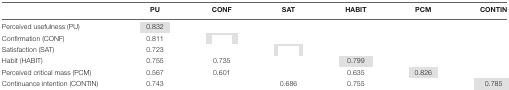
<table><thead><tr><td>[EMPTY_CELL]</td><td><b>PU</b></td><td><b>CONF</b></td><td><b>SAT</b></td><td><b>HABIT</b></td><td><b>PCM</b></td><td><b>CONTIN</b></td></tr></thead><tbody><tr><td>Perceived usefulness (PU)</td><td>0.832</td><td>[EMPTY_CELL]</td><td>[EMPTY_CELL]</td><td>[EMPTY_CELL]</td><td>[EMPTY_CELL]</td><td>[EMPTY_CELL]</td></tr><tr><td>Confirmation (CONF)</td><td>0.811</td><td>[EMPTY_CELL]</td><td>[EMPTY_CELL]</td><td>[EMPTY_CELL]</td><td>[EMPTY_CELL]</td><td>[EMPTY_CELL]</td></tr><tr><td>Satisfaction (SAT)</td><td>0.723</td><td>[EMPTY_CELL]</td><td>[EMPTY_CELL]</td><td>[EMPTY_CELL]</td><td>[EMPTY_CELL]</td><td>[EMPTY_CELL]</td></tr><tr><td>Habit (HABIT)</td><td>0.755</td><td>0.735</td><td>[EMPTY_CELL]</td><td>0.799</td><td>[EMPTY_CELL]</td><td>[EMPTY_CELL]</td></tr><tr><td>Perceived critical mass (PCM)</td><td>0.567</td><td>0.601</td><td>[EMPTY_CELL]</td><td>0.635</td><td>0.826</td><td>[EMPTY_CELL]</td></tr><tr><td>Continuance intention (CONTIN)</td><td>0.743</td><td>[EMPTY_CELL]</td><td>0.686</td><td>0.755</td><td>[EMPTY_CELL]</td><td>0.785</td></tr></tbody></table>